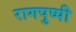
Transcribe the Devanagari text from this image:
रागपुष्पी